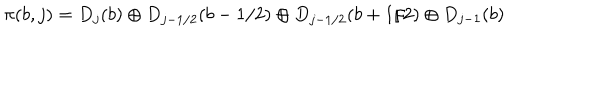
\pi ( b , j ) = D _ { j } ( b ) \oplus D _ { j - 1 / 2 } ( b - 1 / 2 ) \oplus D _ { j - 1 / 2 } ( b + 1 / 2 ) \oplus D _ { j - 1 } ( b )